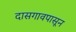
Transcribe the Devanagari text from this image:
दासगावपासून